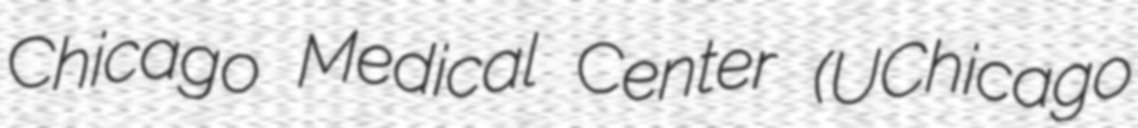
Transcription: Chicago Medical Center (UChicago